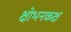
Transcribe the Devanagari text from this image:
क्षोभनकक्ष